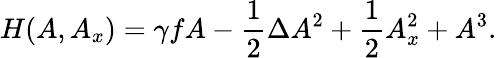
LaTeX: H(A,A_{x})=\gamma fA-\frac{1}{2}\Delta A^{2}+\frac{1}{2}A_{x}^{2}+A^{3}.